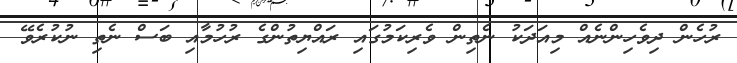
ރުހެން ދިވެހިންނެއް މިއަދަކު ނެތިން ވެރިކަމުގައި ރައްޔިތުންގެ ރުހުމާއި ބަސް ނެތި ނުކުރެވޭ